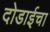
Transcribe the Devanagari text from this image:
दोडाईचा